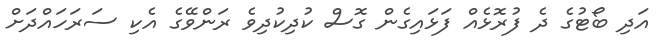
އަދި ބޯޓުގެ ދެ ފުރޮޅެއް ފަޅައިގެން ގޮސް ކުދިކުދިވެ ރަންވޭގެ އެކި ސަރަހައްދަށް